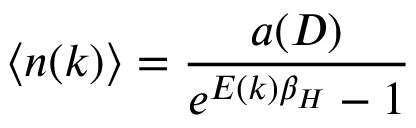
\langle n ( k ) \rangle = \frac { a ( D ) } { e ^ { E ( k ) \beta _ { H } } - 1 }